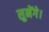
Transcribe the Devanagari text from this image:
सुनेंगे।